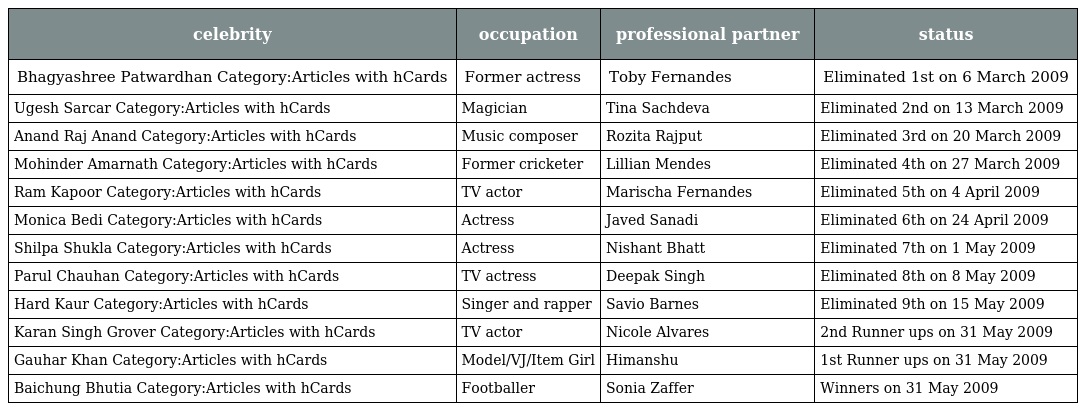
| celebrity | occupation | professional partner | status |
 | --- | --- | --- | --- |
 | Bhagyashree Patwardhan Category:Articles with hCards | Former actress | Toby Fernandes | Eliminated 1st on 6 March 2009 |
 | Ugesh Sarcar Category:Articles with hCards | Magician | Tina Sachdeva | Eliminated 2nd on 13 March 2009 |
 | Anand Raj Anand Category:Articles with hCards | Music composer | Rozita Rajput | Eliminated 3rd on 20 March 2009 |
 | Mohinder Amarnath Category:Articles with hCards | Former cricketer | Lillian Mendes | Eliminated 4th on 27 March 2009 |
 | Ram Kapoor Category:Articles with hCards | TV actor | Marischa Fernandes | Eliminated 5th on 4 April 2009 |
 | Monica Bedi Category:Articles with hCards | Actress | Javed Sanadi | Eliminated 6th on 24 April 2009 |
 | Shilpa Shukla Category:Articles with hCards | Actress | Nishant Bhatt | Eliminated 7th on 1 May 2009 |
 | Parul Chauhan Category:Articles with hCards | TV actress | Deepak Singh | Eliminated 8th on 8 May 2009 |
 | Hard Kaur Category:Articles with hCards | Singer and rapper | Savio Barnes | Eliminated 9th on 15 May 2009 |
 | Karan Singh Grover Category:Articles with hCards | TV actor | Nicole Alvares | 2nd Runner ups on 31 May 2009 |
 | Gauhar Khan Category:Articles with hCards | Model/VJ/Item Girl | Himanshu | 1st Runner ups on 31 May 2009 |
 | Baichung Bhutia Category:Articles with hCards | Footballer | Sonia Zaffer | Winners on 31 May 2009 |